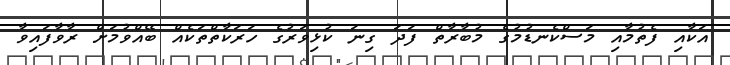
އަކާއި ފެތުމާއި މަސްކެނޑުމުގެ މުބާރާތް ފަދަ ގިނަ ކުޅިވަރުގެ ހަރަކާތްތަކެއް ބޭއްވުމަށް ރާވާފައިވާ